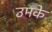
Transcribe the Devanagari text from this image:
उमके